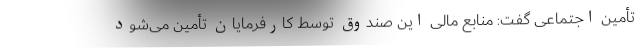
تأمین اجتماعی گفت: منابع مالی این صندوق توسط کارفرمایان تأمین می‌شود